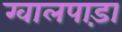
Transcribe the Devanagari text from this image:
ग्वालपाड़ा